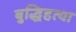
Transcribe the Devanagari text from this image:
बुद्धिहत्या